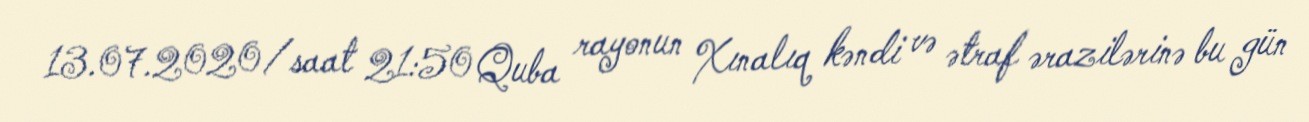
13.07.2020/saat 21:50 Quba rayonun Xınalıq kəndi və ətraf ərazilərinə bu gün